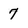
Character: 7